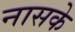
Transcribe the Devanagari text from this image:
नासके